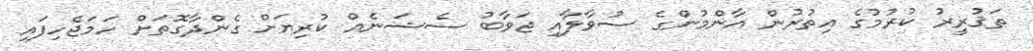
ތަޤުރީރު ކުރުމުގެ އިތުރުން އާންމުންގެ ސުވާލާއި ޖަވާބު ސެޝަނެއް ކުރިޔަށް ގެންދާގޮތަށް ހަމަޖެހިފައި